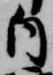
自